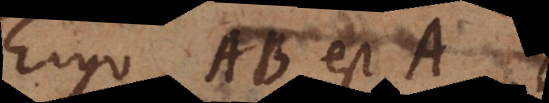
Ergo AB est A